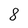
Character: 8